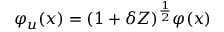
\varphi _ { u } ( x ) = ( 1 + \delta Z ) ^ { \frac { 1 } { 2 } } \varphi ( x )